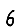
Digit: 6